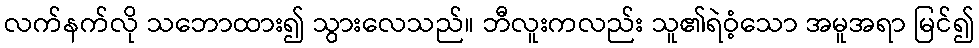
လက်နက်လို သဘောထား၍ သွားလေသည်။ ဘီလူးကလည်း သူ၏ရဲဝံ့သော အမူအရာ မြင်၍